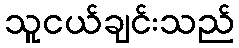
သူငယ်ချင်းသည်